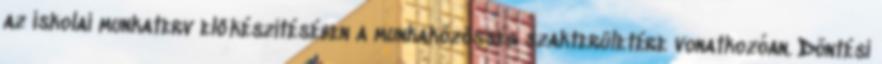
az iskolai munkaterv előkészítésében a munkaközösség szakterületére vonatkozóan. Döntési